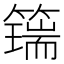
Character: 𥵇